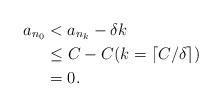
LaTeX: \begin{align*} a_{n_0} &< a_{n_k} -\delta k \\ &\leq C -C ( k = \lceil C/\delta\rceil) \\ & = 0. \end{align*}